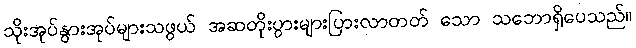
သိုးအုပ်နွားအုပ်များသဖွယ် အဆတိုးပွားများပြားလာတတ် သော သဘောရှိပေသည်။